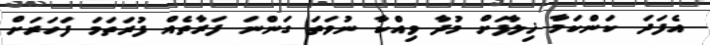
އެފަދަ ކަންކަމާ ޚިލާފަށް މުދާ ވިއްކާ ނުވަތަ ގަންނަ ފަރާތެއް ފުރަތަމަ ފަހަރަށް